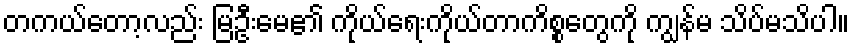
တကယ်တော့လည်း မြဦးမေ၏ ကိုယ်ရေးကိုယ်တာကိစ္စတွေကို ကျွန်မ သိပ်မသိပါ။